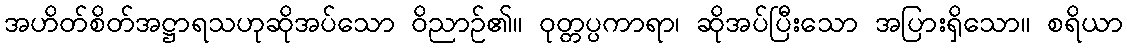
အဟိတ်စိတ်အဋ္ဌာရသဟုဆိုအပ်သော ဝိညာဉ်၏။ ဝုတ္တပ္ပကာရာ၊ ဆိုအပ်ပြီးသော အပြားရှိသော။ စရိယာ